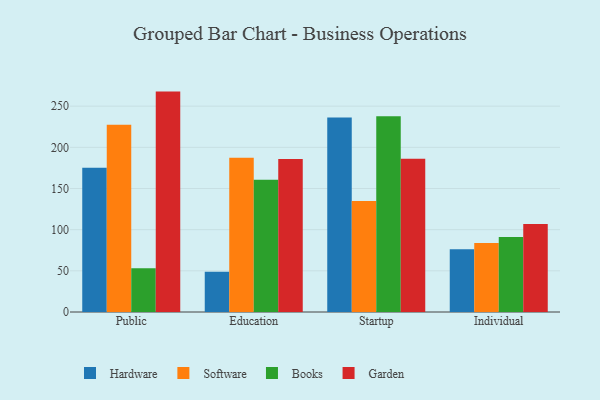
{"axis": {"x": "Segment", "y": "Active Users"}, "legend": ["Books", "Garden", "Hardware", "Software"], "data": [{"x": "Public", "y": 175.2, "type": "Hardware"}, {"x": "Public", "y": 227.3, "type": "Software"}, {"x": "Public", "y": 53.0, "type": "Books"}, {"x": "Public", "y": 267.7, "type": "Garden"}, {"x": "Education", "y": 48.9, "type": "Hardware"}, {"x": "Education", "y": 187.5, "type": "Software"}, {"x": "Education", "y": 160.6, "type": "Books"}, {"x": "Education", "y": 185.9, "type": "Garden"}, {"x": "Startup", "y": 236.2, "type": "Hardware"}, {"x": "Startup", "y": 134.9, "type": "Software"}, {"x": "Startup", "y": 237.8, "type": "Books"}, {"x": "Startup", "y": 186.0, "type": "Garden"}, {"x": "Individual", "y": 76.3, "type": "Hardware"}, {"x": "Individual", "y": 83.9, "type": "Software"}, {"x": "Individual", "y": 91.1, "type": "Books"}, {"x": "Individual", "y": 107.0, "type": "Garden"}]}